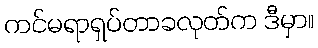
ကင်မရာရှပ်တာခလုတ်က ဒီမှာ။